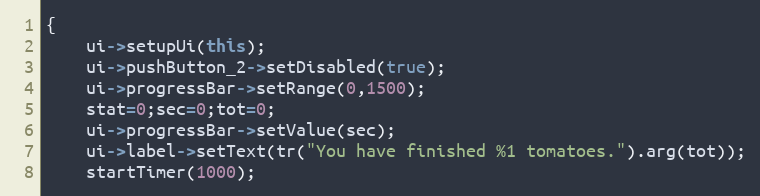
Language: C++
{
    ui->setupUi(this);
    ui->pushButton_2->setDisabled(true);
    ui->progressBar->setRange(0,1500);
    stat=0;sec=0;tot=0;
    ui->progressBar->setValue(sec);
    ui->label->setText(tr("You have finished %1 tomatoes.").arg(tot));
    startTimer(1000);